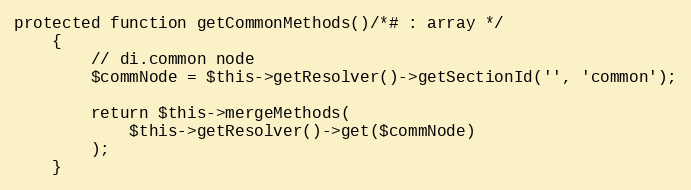
Language: PHP
protected function getCommonMethods()/*# : array */
    {
        // di.common node
        $commNode = $this->getResolver()->getSectionId('', 'common');

        return $this->mergeMethods(
            $this->getResolver()->get($commNode)
        );
    }